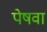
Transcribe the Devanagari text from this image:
पेषवा